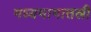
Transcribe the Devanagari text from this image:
मध्यभागातली